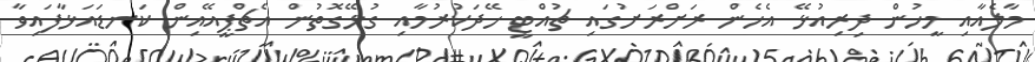
މާލެއާއި މީހުން ދިރިއުޅޭ އެހެން ރަށްރަށުގައި ޗުއްޓީ ހޭދަކުރުމާއި ގުޅޭގޮތުން އެޗްޕީއޭއިން ކަނޑައަޅާފައިވާ